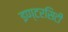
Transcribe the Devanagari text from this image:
इण्टरसिटी